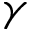
\gamma